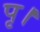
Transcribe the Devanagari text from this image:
पृ।